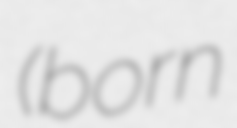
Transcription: (born